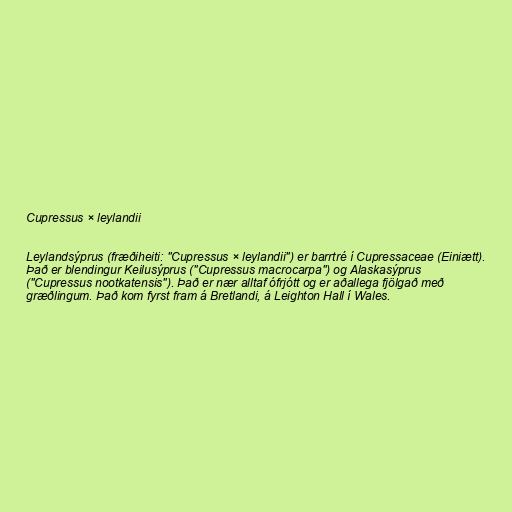
Cupressus × leylandii

Leylandsýprus (fræðiheiti: "Cupressus × leylandii") er barrtré í Cupressaceae (Einiætt).
Það er blendingur Keilusýprus ("Cupressus macrocarpa") og Alaskasýprus
("Cupressus nootkatensis"). Það er nær alltaf ófrjótt og er aðallega fjölgað með
græðlingum. Það kom fyrst fram á Bretlandi, á Leighton Hall í Wales.